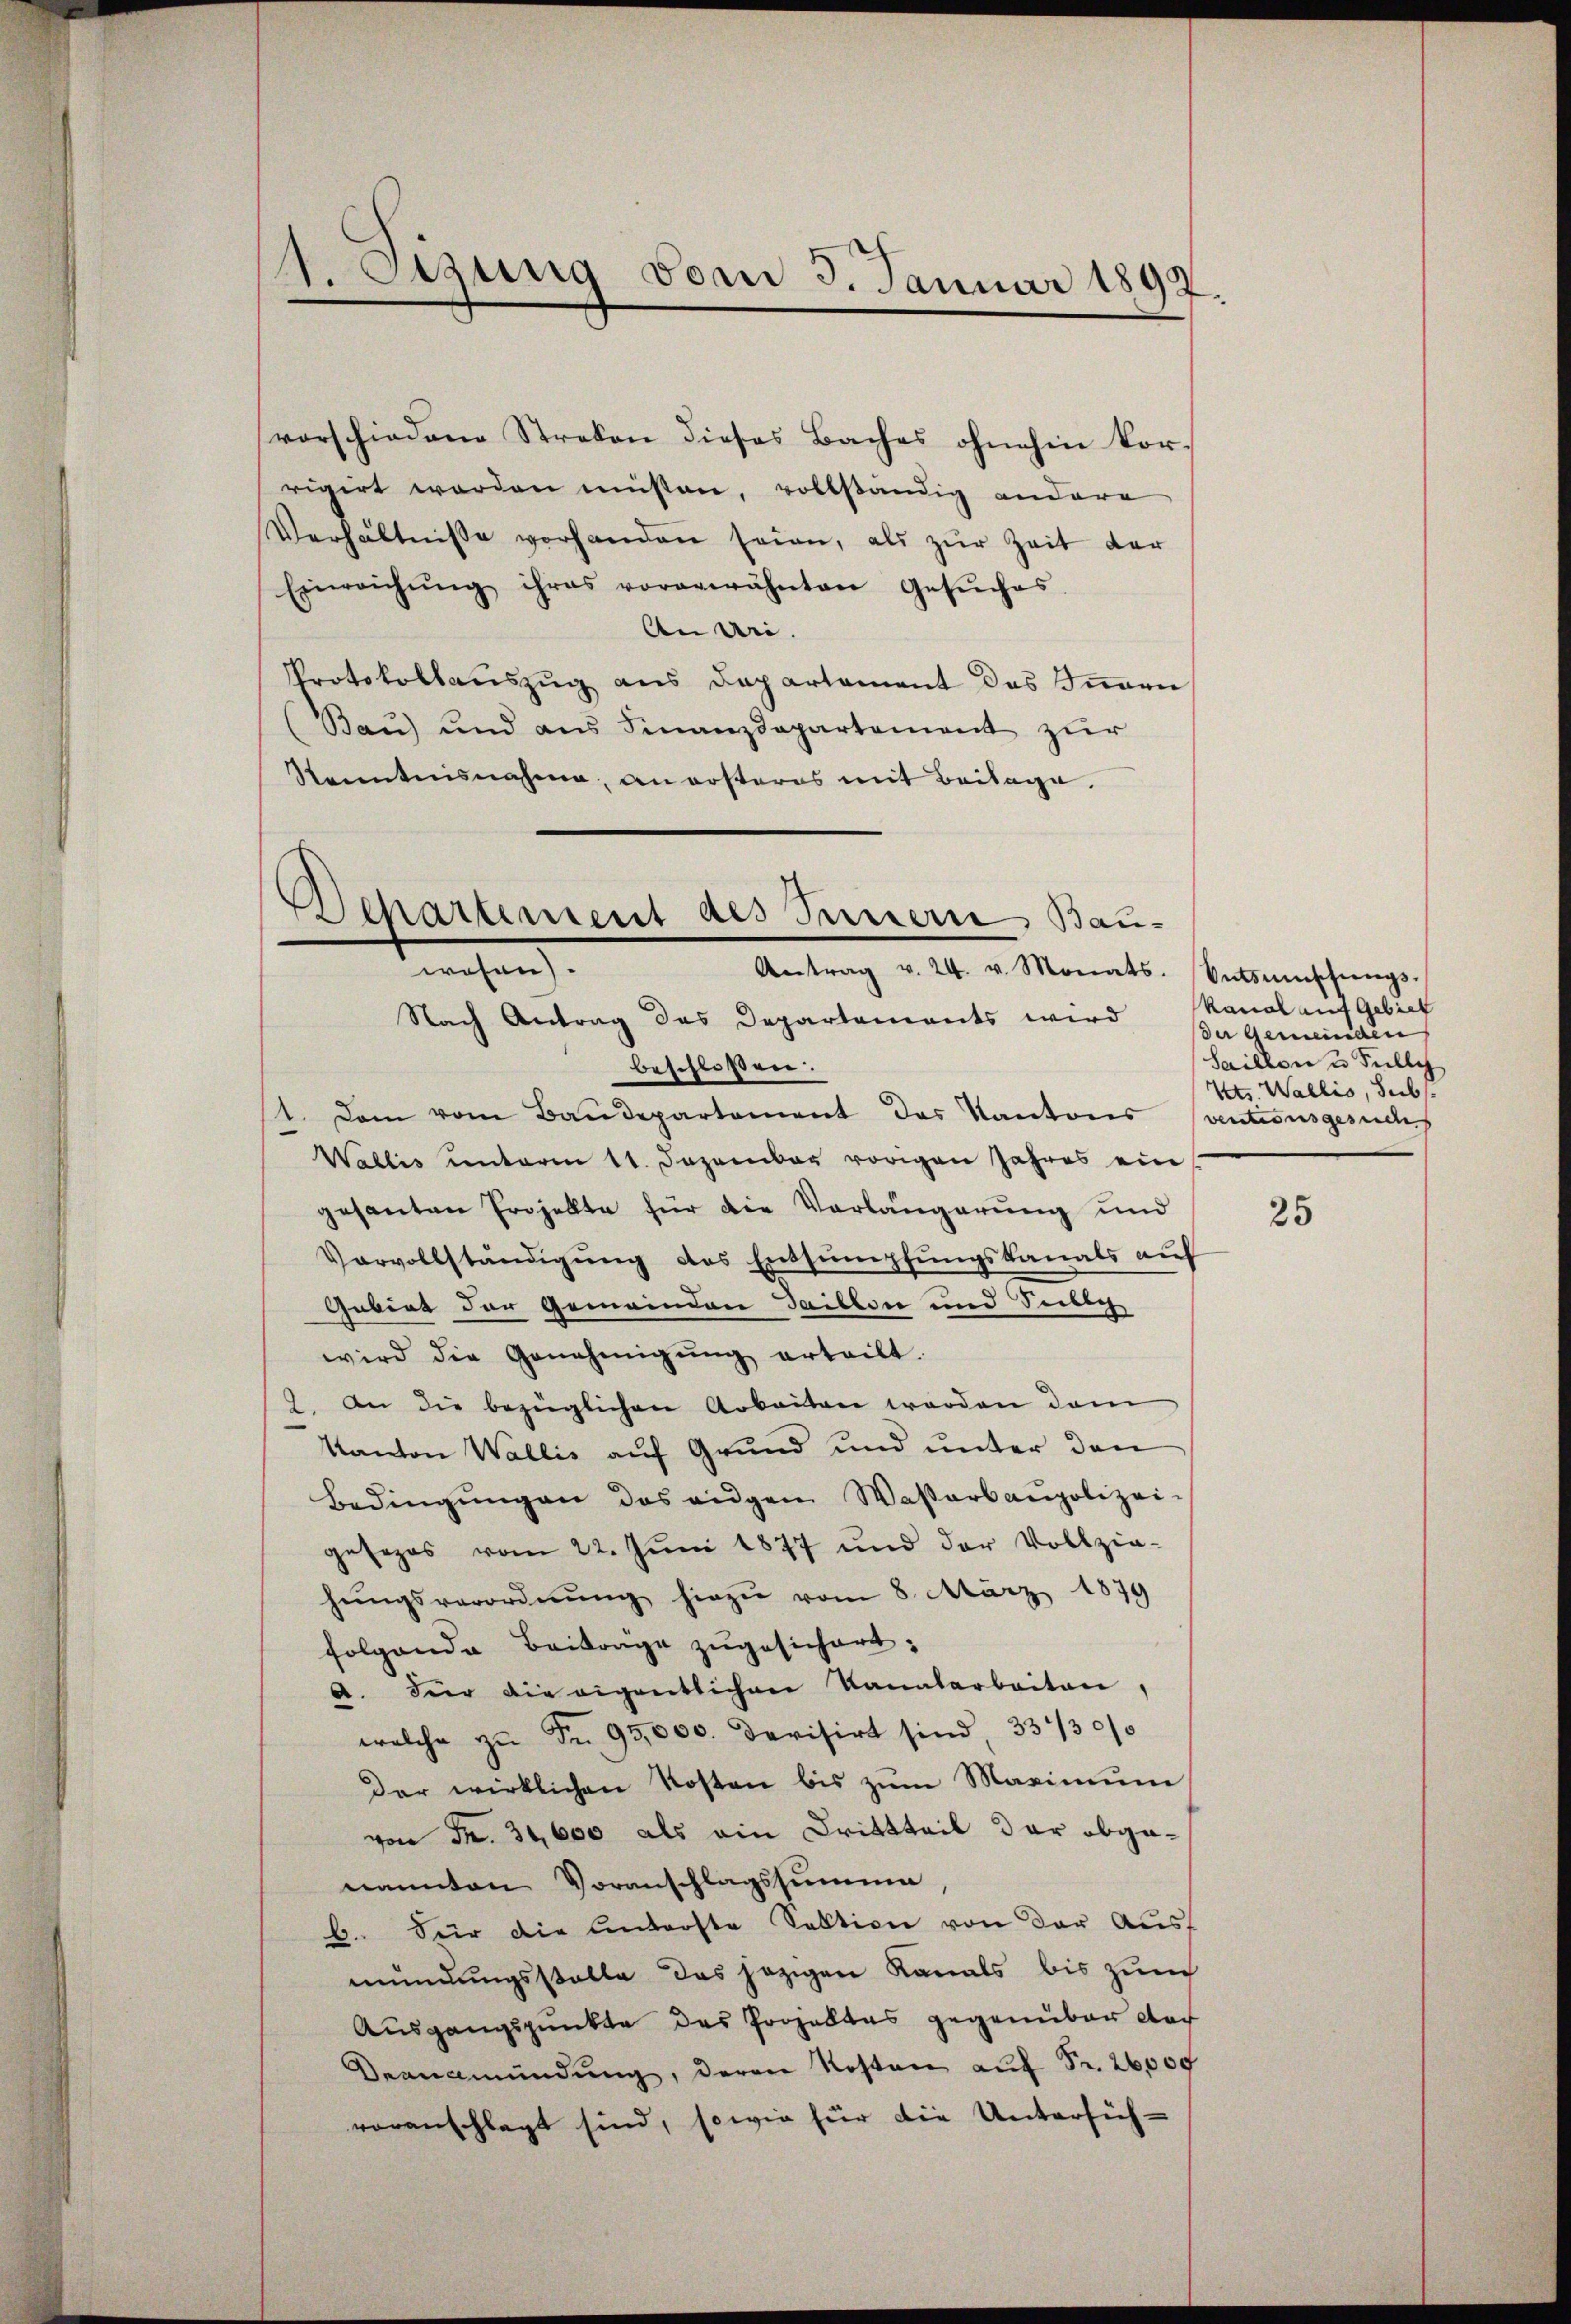
v. Szung vom 3. Januar 1892

vorschiedene Streken dieses Baches ohnehin vorrigirt worden müssen, vollständig andere
Verhältnisse vorhanden seien, als zŭr Zeit der
Einreichŭng ihres vorerwähnten Gesŭches
An Uri.
Protokollauszug aus Departement des Iṅern
Bau) und aus Finanzdepartement zur
Kenntnisnahme, an ersteres mit Beilage.

Dchartement des Innern Bau-
machen.
Antrag v. 24. v. Monats-Entsmünschŭngs-

Nach Antrag des Departements wird Bergemeinden
beschloßen:
1. Dem vom Baudepartement des Kantons (ventionsgesuches
Wallis unterm 11. Dezember vorigen Jahres ein
gesanten Projekte für die Vorlängerung und
Vorvollständigŭng des Entsumpfungskanals auf
Gebiet der Gemeinden Saillon und Selig
wird die Genehmigŭng erteilt.
9. An die bezüglichen Arbeiten worden dem
Kanton Wallis auf Grund und unter den
Bedingŭngen das eigen Wasserbaupolizei-
gesezes vom 22. Juni 1877 und der Vollzie-
hŭngsverordnŭng hiezu vom 8. März 1879
folgende Beiträge zugesichert;
a. Dier die eigentlichen Kanalarbeiten,
welche zŭ Fr. 95,000. Devisirt sind, 33/30/0
Der wirklichen Kosten bis zŭm Maximŭm
von Fr. 31,600 als ein Drittteil der abgenannten Voranschlagssumme
b. Für die Unterste Sektion von der Ausf
mündungsstalle das jezigen Kanals bis zum
Ausgangspunkte des Prohaltes gegenüber dar
Deanmündŭng, deren Kosten aŭf Fr. 26,000
voranschlagt sind, sowie für die Untersich¬

kanal auf Gebiet
Saillon u. Fully
Vets. Wallis, Subs

25